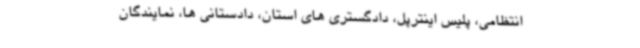
انتظامی، پلیس اینترپل، دادگستری های استان، دادستانی ها، نمایندگان